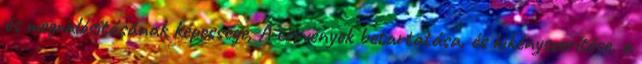
és megvalósításának képessége, A törvények betartatása, és kikényszerítése, a